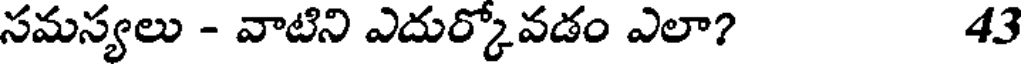
సమస్యలు - వాటిని ఎదుర్కోవడం ఎలా? 43